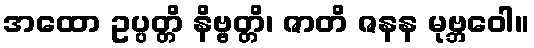
အထော ဥပ္ပတ္တိ နိဗ္ဗတ္တိ၊ ဇာတိ ဇနန မုဗ္ဘဝေါ။